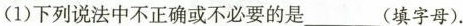
(1)下列说法中不正确或不必要的是___(填字母).